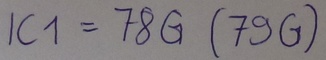
Text: IC1=78G(79G)